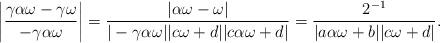
LaTeX: \begin{align*}\left|\dfrac{\gamma \alpha \omega - \gamma \omega}{- \gamma \alpha \omega}\right|=\dfrac{|\alpha \omega-\omega|}{|-\gamma \alpha \omega||c \omega+d||c \alpha \omega+d|}=\dfrac{2^{-1}}{|a \alpha \omega+b||c \omega+d|}.\end{align*}